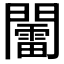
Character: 𨷏